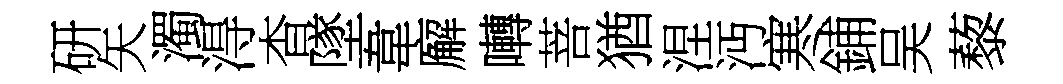
研矢濁淂杳墜韋廨囀菩猶涅沔寒鋪吴藜